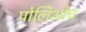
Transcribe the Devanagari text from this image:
पोलिओच